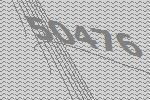
50476